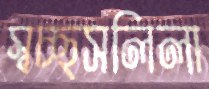
স্বচ্ছসলিলা